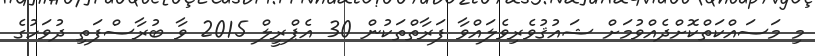
މި މަސައްކަތްކޮށްދެއްވުމަށް ޝައުޤުވެރިވެލައްވާ ފަރާތްތަކުން 30 އެޕްރީލް 2015 ވާ ބުރާސްފަތި ދުވަހުގެ